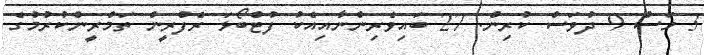
3 މަސް 9 ދުވަސް ކުރިން. 27 ބައިވެރިންނާއިއެކު ފުޓްބޯޅަ ރެފްރީން ތަމްރީންކުރުމުގެ